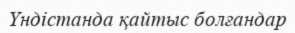
Үндістанда қайтыс болғандар